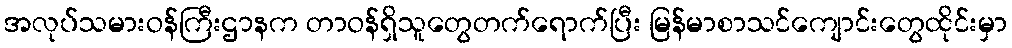
အလုပ်သမားဝန်ကြီးဌာနက တာဝန်ရှိသူတွေတက်ရောက်ပြီး မြန်မာစာသင်ကျောင်းတွေထိုင်းမှာ